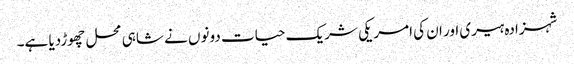
شہزادہ ہیری اور ان کی امریکی شریک حیات دونوں نے شاہی محل چھوڑدیا ہے۔